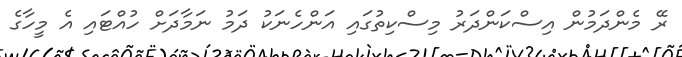
ރޭ މެންދަމުން އިސްކަންދަރު މިސްކިތުގައި އަންހެނަކު ދަމު ނަމާދަށް ހުއްޓައި އެ މީހާގެ